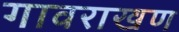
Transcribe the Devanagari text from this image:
गावराखण